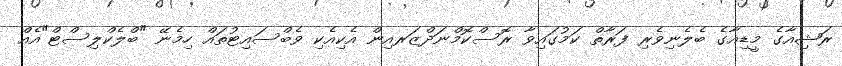
ރަޝިއާގެ މީޑިއާގެ ބެލެނިވެރި ފަރާތް ކަމުގައިވާ ރޮސްކޮމްނަދްޒަރއިން އެކިއެކި ވެބްސައިޓުތައް ހިމެނޭ "ބްލެކްލިސްޓް"އެއް